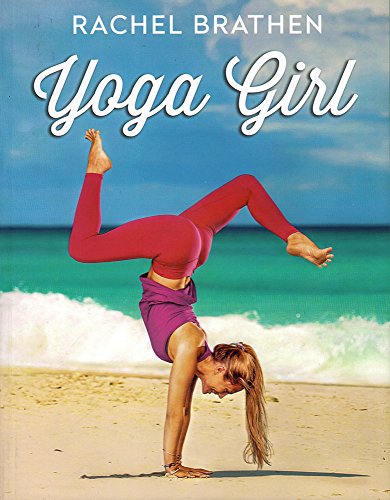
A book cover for Yoga Girl; Rachel Brathen; Health, Fitness & Dieting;